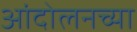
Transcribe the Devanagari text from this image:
आंदोलनच्या